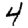
Digit: 4